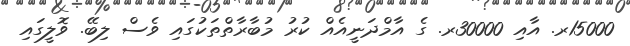
15000ރ. އާއި 30000ރ. ގެ އާމްދަނީއެއް ކުރު މުބާރާތްތަކުގައި ވެސް ލިބޭ. ވޮލީގައި